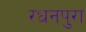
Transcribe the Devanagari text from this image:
रधनपुरा